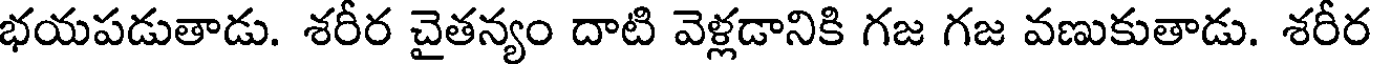
భయపడుతాడు. శరీర చైతన్యం దాటి వెళ్లడానికి గజ గజ వణుకుతాడు. శరీర